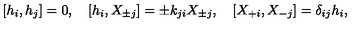
[ h _ { i } , h _ { j } ] = 0 , \quad [ h _ { i } , X _ { \pm j } ] = \pm k _ { j i } X _ { \pm j } , \quad [ X _ { + i } , X _ { - j } ] = \delta _ { i j } h _ { i } ,